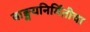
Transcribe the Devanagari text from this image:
वाङ्मयनिर्मितीचा